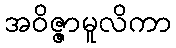
အဝိဇ္ဇာမူလိကာ